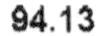
94.13